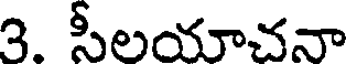
3. సీలయాచనా